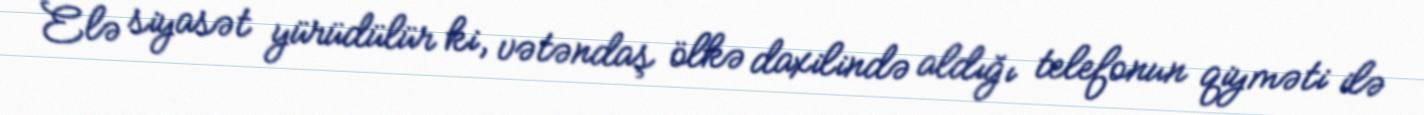
Elə siyasət yürüdülür ki, vətəndaş ölkə daxilində aldığı telefonun qiyməti ilə